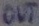
Text: OUT